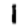
Digit: 1